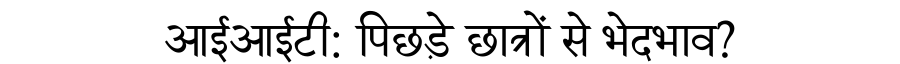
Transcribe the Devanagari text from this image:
आईआईटी: पिछड़े छात्रों से भेदभाव?